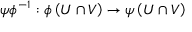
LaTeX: \psi \phi ^ { - 1 } : \phi \left( U \cap V \right) \rightarrow \psi \left( U \cap V \right)